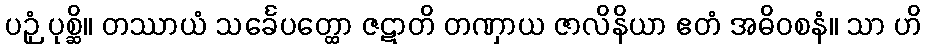
ပဉှံ ပုစ္ဆိ။ တဿာယံ သင်္ခေပတ္ထော ဇဋာတိ တဏှာယ ဇာလိနိယာ ဧတံ အဓိဝစနံ။ သာ ဟိ